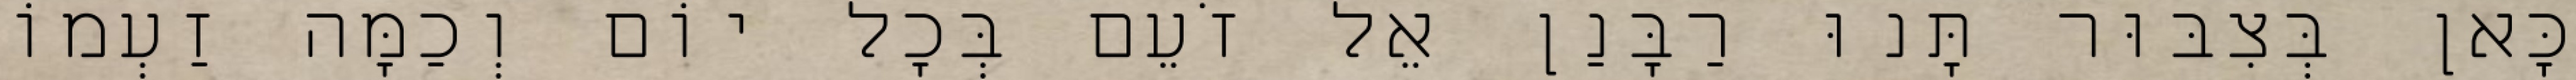
כָּאן בְּצִבּוּר תָּנוּ רַבָּנַן אֵל זֹעֵם בְּכׇל יוֹם וְכַמָּה זַעְמוֹ